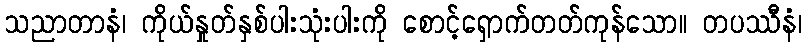
သညာတာနံ၊ ကိုယ်နှုတ်နှစ်ပါးသုံးပါးကို စောင့်ရှောက်တတ်ကုန်သော။ တပဿီနံ၊